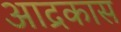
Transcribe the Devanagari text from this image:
आद्रकास